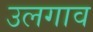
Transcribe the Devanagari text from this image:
उलगाव